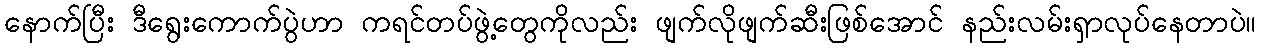
နောက်ပြီး ဒီရွေးကောက်ပွဲဟာ ကရင်တပ်ဖွဲ့တွေကိုလည်း ဖျက်လိုဖျက်ဆီးဖြစ်အောင် နည်းလမ်းရှာလုပ်နေတာပဲ။